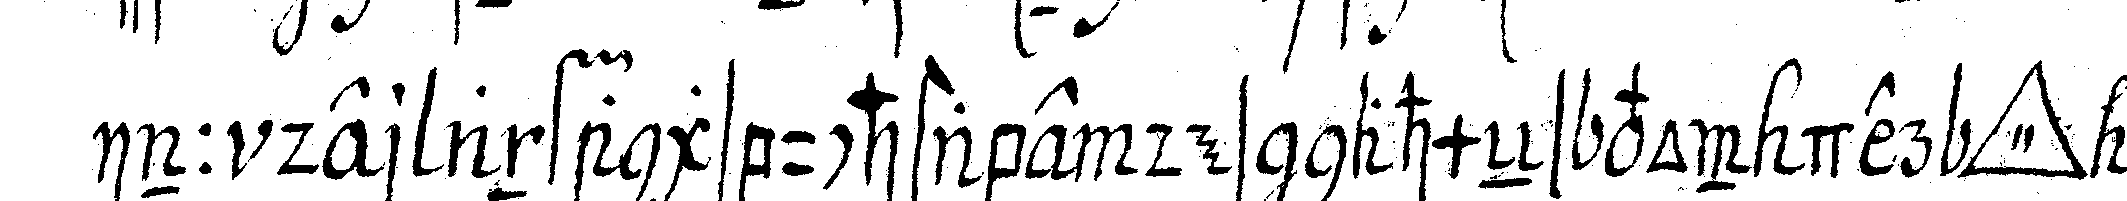
inn der anfangsbuchstabe des nahmeNs von der *tri..* mit